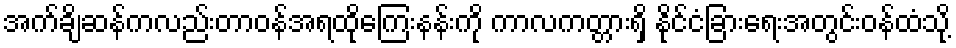
အက်ချိဆန်ကလည်းတာဝန်အရထိုကြေးနန်းကို ကာလကတ္တားရှိ နိုင်ငံခြားရေးအတွင်းဝန်ထံသို့